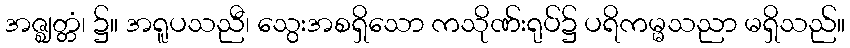
အဇ္ဈတ္တံ၊ ၌။ အရူပသညီ၊ သွေးအစရှိသော ကသိုဏ်းရုပ်၌ ပရိကမ္မသညာ မရှိသည်။